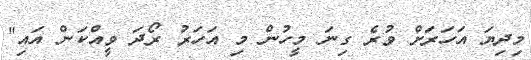
މިދިޔަ އަހަރަށް ވުރެ ގިނަ މީހުން މި އަހަރު ރޯދަ ވީއްކަން އައި"